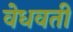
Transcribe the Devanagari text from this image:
वेधवती